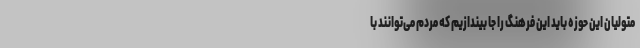
متولیان این حوزه باید این فرهنگ را جا بیندازیم که مردم می‌توانند با